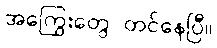
အကြွေးတွေ တင်နေပြီ။